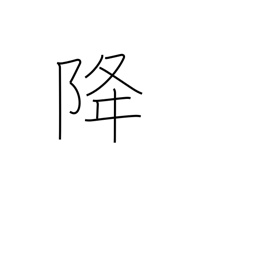
Meaning: descend